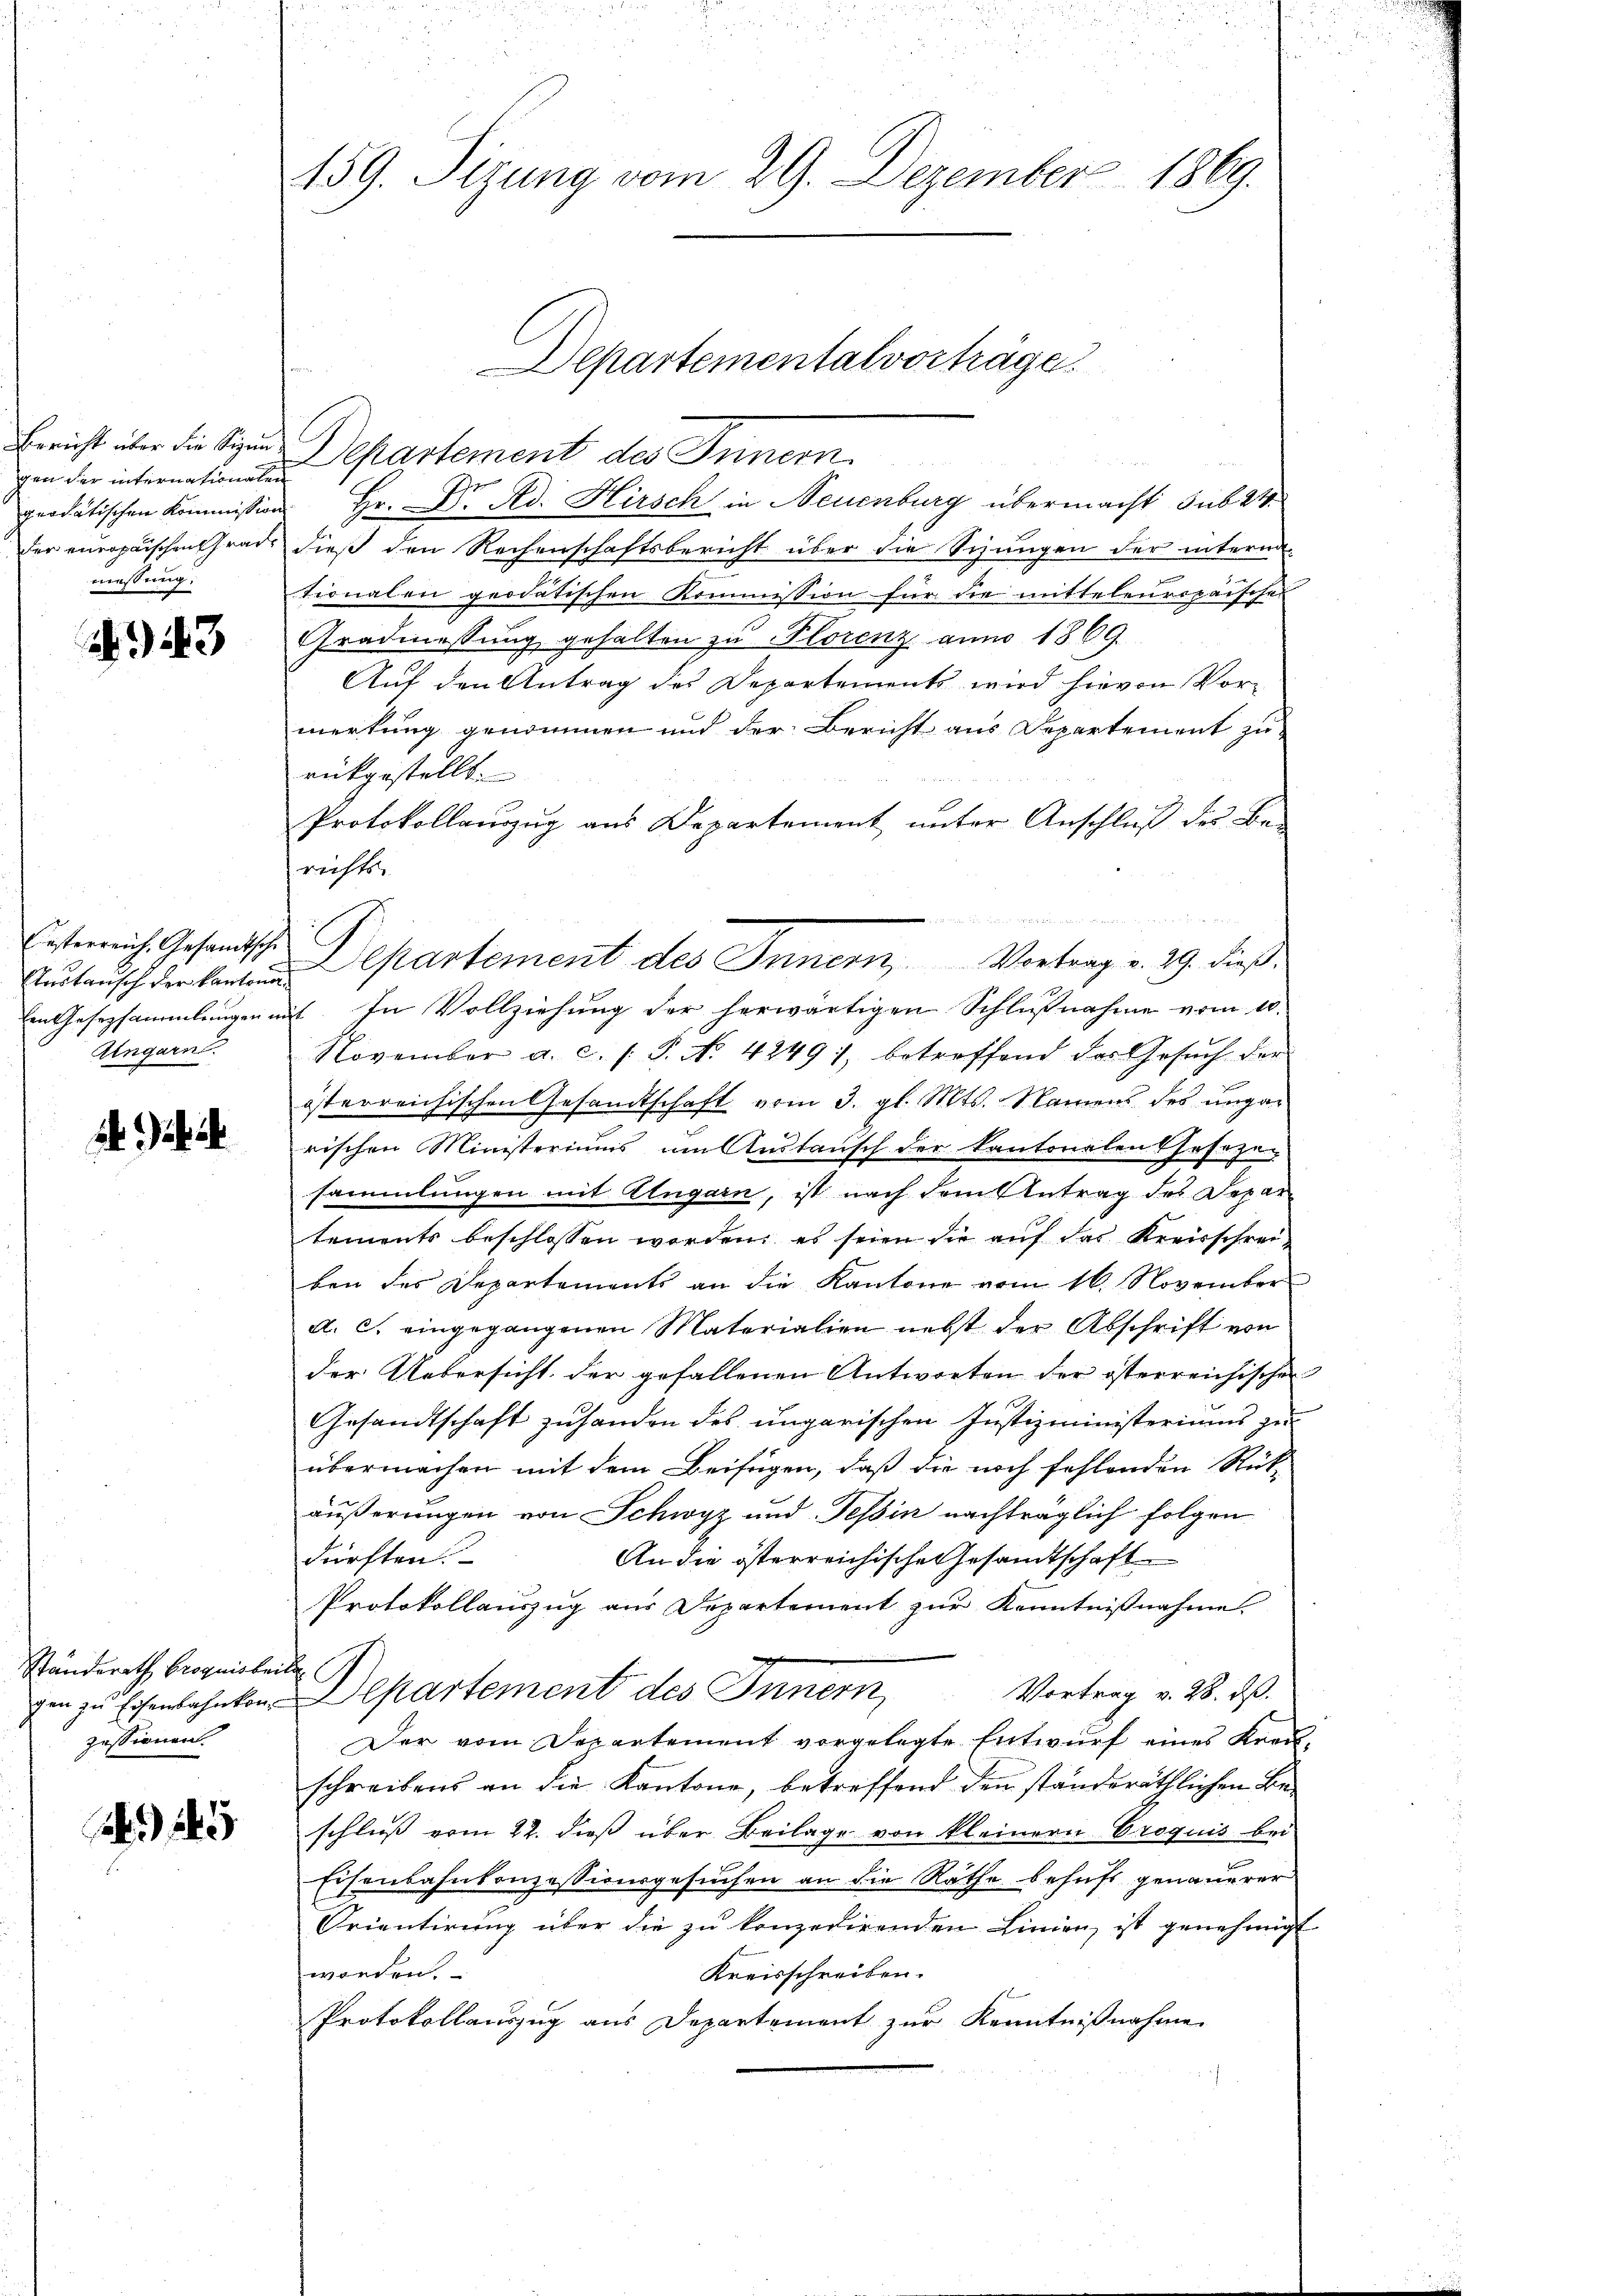
Bericht über die Sizun
gen der internationale
geodatischen Kommissio
der europaischen Grad
messung.

23

Österreich. Gesandtsche
Stadtansch der Kantonaen Gesetzsammlungen in
Ungarn.

Ständerath broquis bei
gen zu Eisenbahnkon
zessionen.

25

159. Sizung vom 29. Dezember 1869.

Hr. Dr. Ad. Hirsch in Neuenburg übermacht sub 24
dieß den Rechenschaftsbericht über die Schungen der intern-
tionalen geodatischen Kommission für die mitteleuropaischen
Gradmessung gehalten zŭ Plorenz anno 1869.
Auf den Antrag des Departements wird hievon Vormerkung genommen und der Bericht aus Departement zu
rückgestellt.
Protokollauszug aus Departement unter Anschluß des Be-
richts

it. In Vollziehung der herwärtigen Schlußnahme vom 10.
November a. c. (T. No. 42491, betroffend das Gesŭch der
österreichischen Gesandtschaft vom 3. gl. Mts. Namens des ungar
rischen Ministeriums im Austausch der kantonalen Geseze
sammlungen mit Ungarn, ist nach dem Antrag des Depar-
tements beschlossen worden, es seien die auf das Kreisschreiben des Departements an die Kantone vom 16. November
A. C. eingegangenen Materialien nebst der Abschrift von
der Uebersicht der gefallenen Antworten der österreichischen
Gesandtschaft zuhanden des ungarischen Justizministeriums zu
übermachen mit dem Beifügen, daß die noch fehlenden Rück-
äußerungen von Schwyz und Tessin nachträglich folgen
dürften.
An die österreichische Gesandtschaft
Protokollauszug aus Departement zŭr Kenntniβnahme.

Departement des Innern, Vortrag v. 28. ds.
Der vom Departement vorgelegte Entwurf eines Kreuschreibens an die Kantone, betreffend den ständeräthlichen Beschluss vom 22. dieß über Beilage von kleinern Croquis bei
Eisenbahnkonzessionsgesuchen an die Räthe behufs genauerer
Prientirung über die zu konzedirenden Linien, ist genehmigt
worden.
Kreisschreiben.
f
Protokollauszug aus Departement zur Kenntnißnahme

h

Departementalvorträge.
Departement des Inner.

Departement des Innern, Vortrag v. 29. dieß.